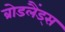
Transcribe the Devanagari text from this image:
ब्रोडलैंड्स